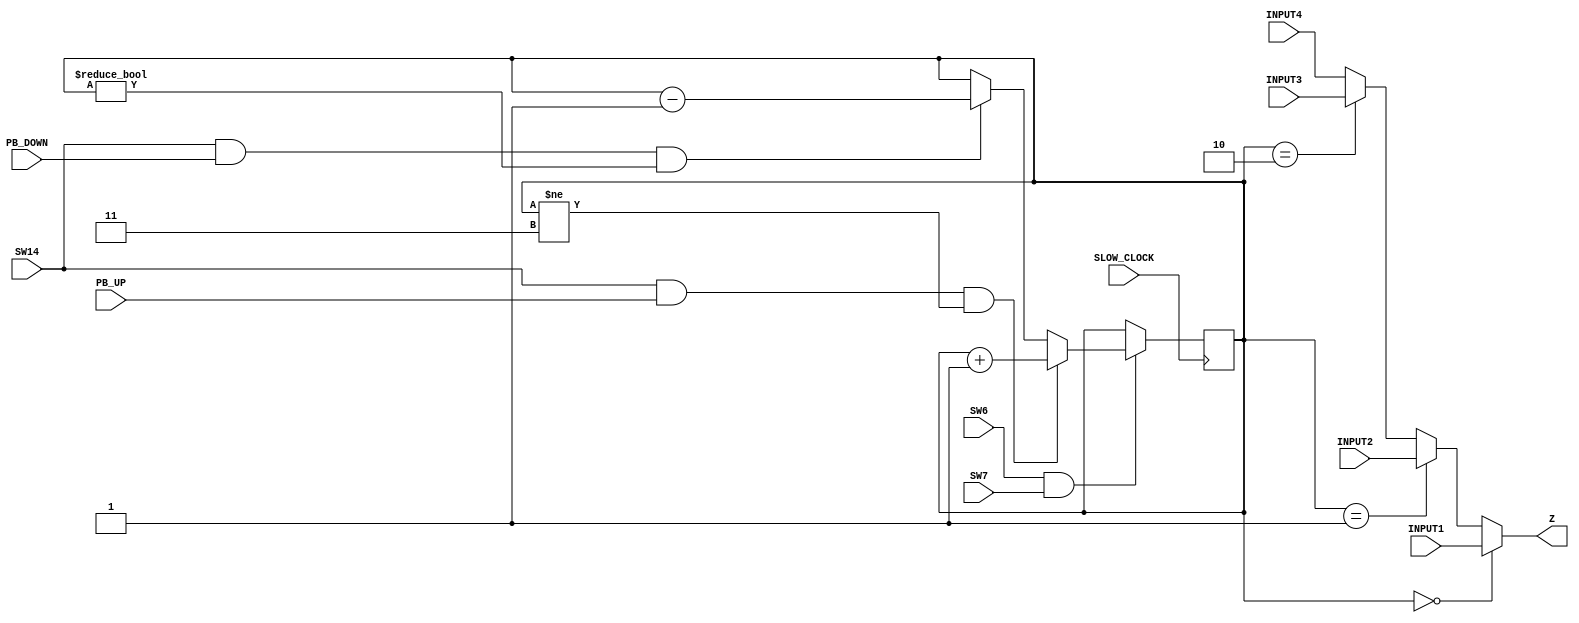
`timescale 1ns / 1ps
//////////////////////////////////////////////////////////////////////////////////
// Company: 
// Engineer: 
// 
// Design Name: 
// Module Name: mux_2_to_4_LED_B
// Project Name: 
// Target Devices: 
// Tool Versions: 
// Description: 
// 
// Dependencies: 
// 
// Revision:
// Revision 0.01 - File Created
// Additional Comments:
// 
//////////////////////////////////////////////////////////////////////////////////


module mux_2_to_4_LED_B(
    input SLOW_CLOCK,
    input PB_UP,
    input PB_DOWN,
    input SW6,
    input SW7,
    input SW14,
    input INPUT1,
    input INPUT2,
    input INPUT3,
    input INPUT4,
    output Z
    );
    
    reg [1:0] select = 2'b00;
    
    always @ (posedge SLOW_CLOCK)
    begin
    if(SW6 == 1 && SW7 == 1)
    begin
        select = (SW14 == 1 && PB_UP == 1 && select != 3) ? select + 1 :
                    ((SW14 == 1 && PB_DOWN == 1 && select != 0) ? select - 1 : select);
    end
    end
      
    assign Z = (select==2'b00) ? INPUT1 : (select==2'b01) ? INPUT2: (select==2'b10) ? INPUT3 : INPUT4;
    assign SELECT_OUTPUT = select;

endmodule